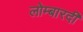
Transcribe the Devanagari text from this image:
लोम्बारदी